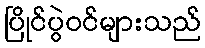
ပြိုင်ပွဲဝင်များသည်